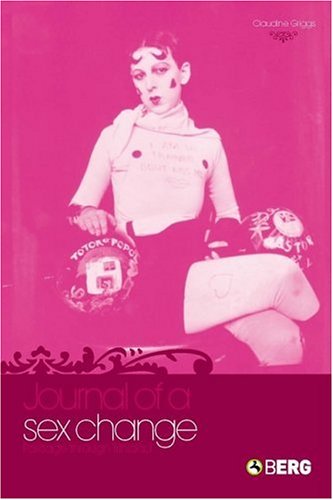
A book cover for Journal of a Sex Change: Passage through Trinidad; Claudine Griggs; Gay & Lesbian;